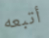
أتبعه